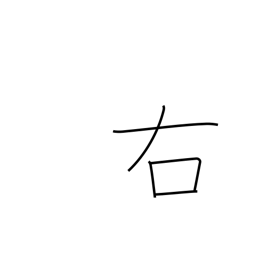
Meaning: right